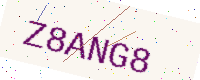
Text: Z8ANG8